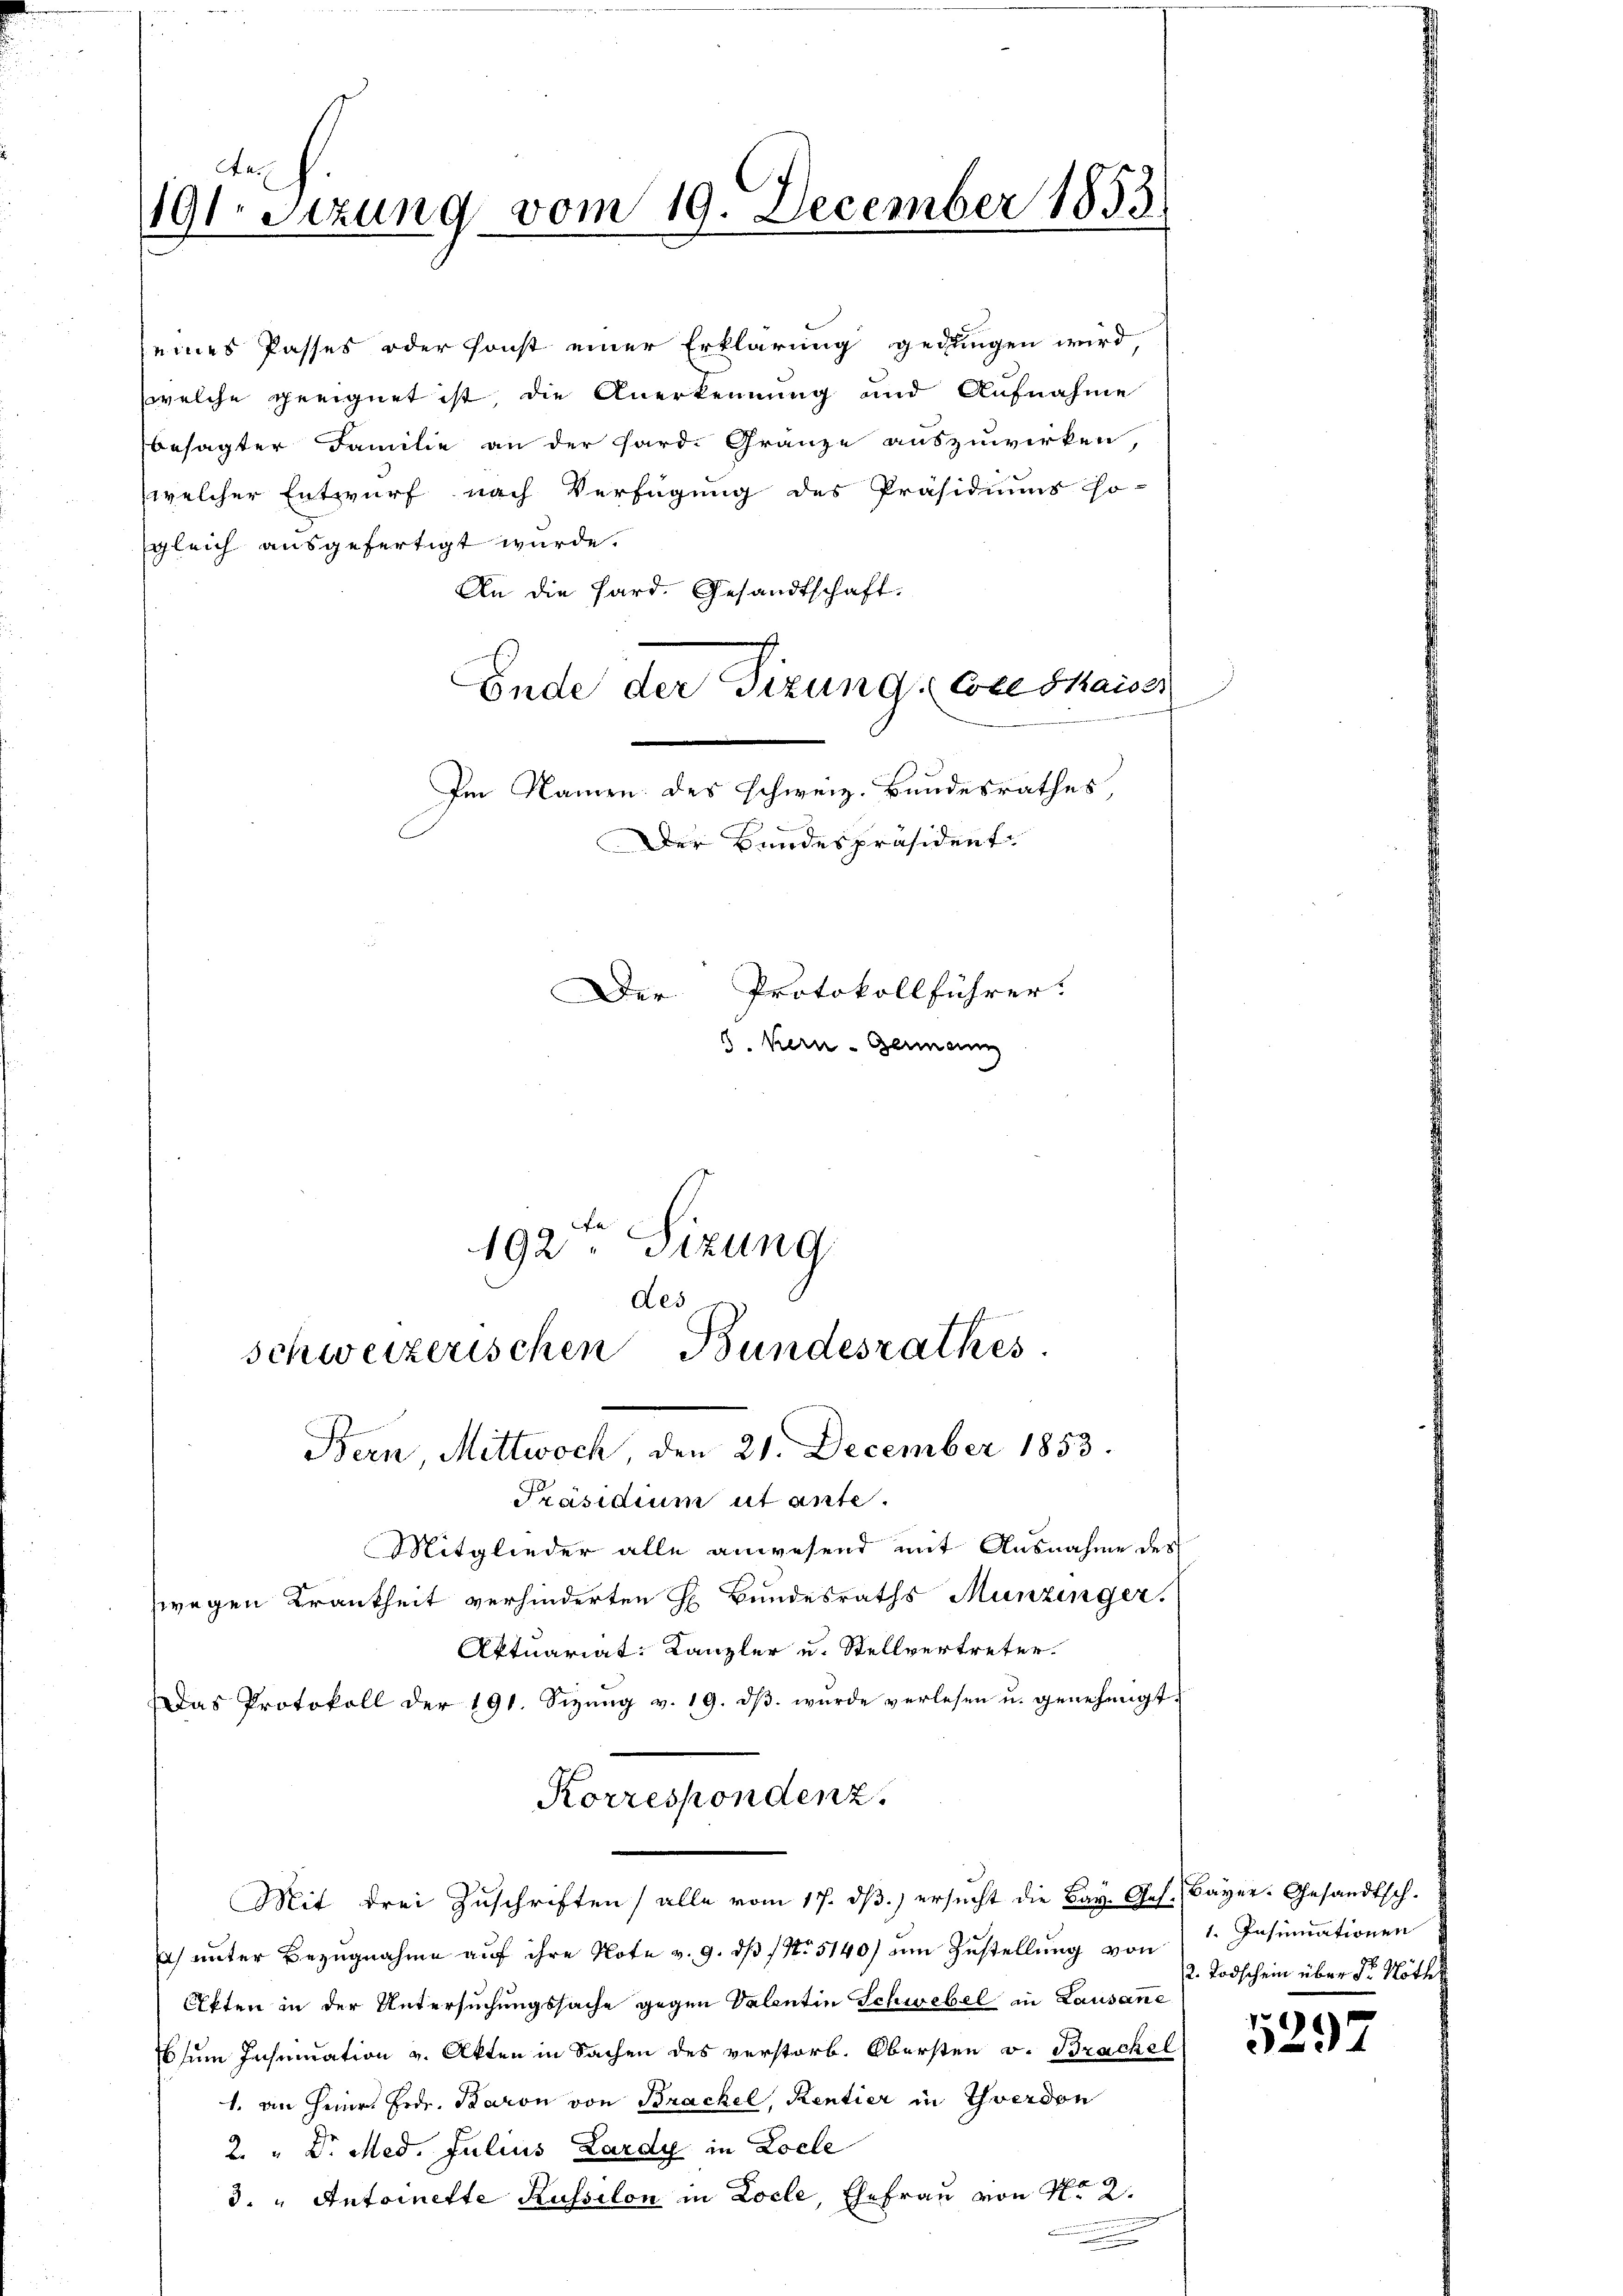
Aa.
191. Setzung vom 19. December 1853

eines Passes oder sonst einer Erklärung gedungen wird,
welche geeignet ist, die Anerkennung und Aufnahme
besagter Familie an der Sard. Gränze auszuwirken,
(welcher Entwurf nach Verfügung des Präsidiums so-
gleich ausgefertigt wurde.
An die Hard. Gesandtschaft.
Ende der Sizung Coseshaiser
Im Namen des schweiz. Bundesrathes,

schweizerischen Bundesrathes
Bern Mittwoch, den 21. December 1853.
Präsidium ut ante.
Mitglieder alle anwesend mit Ausnahme des
wegen Krankheit verhinderten H Bundesraths Munzinger.

Aktuariat: Kanzler u. Stellvertreter.
Das Protokoll der 191. Sizŭng v. 19. dβ wŭrde verlesen u. genehmigt.
Mit drei Zuschriften alle vom 17. dβ.) ersŭcht die Bay. Ges. Bayer. Gesandtsch.
Ich unter Bezugnahme auf ihre Note v. 9. dß 1 No 5140) um Zustellung von Insumationen
Akten in der Untersuchungssache gegen Valentin Schwebel in Lausane
ssum Insinuation v. Akten in Sachen des verstorb. Obersten v. Brackel
1. an Heinr. Frde. Baron von Brackel, Rentier in Yverdon
2. " Dr. Med. Julius Lardy in Locle
3. " Antoinette Russilon in Locle, Ehefrau von No 2.

Der Bundespräsident
Der Protokollführer.
5. Kern - Germann

192ten Sizung
des

Korrespondenz.

2. Todschein über Dr. Röthl

5297